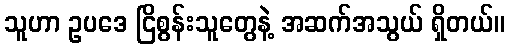
သူဟာ ဥပဒေ ငြိစွန်းသူတွေနဲ့ အဆက်အသွယ် ရှိတယ်။